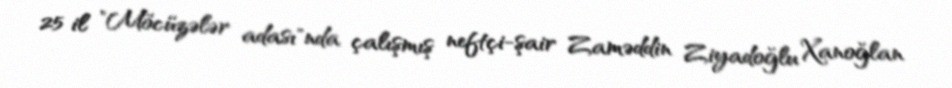
25 il "Möcüzələr adası"nda çalışmış neftçi-şair Zaməddin Ziyadoğlu Xanoğlan